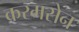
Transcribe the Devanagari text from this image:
करमसेन